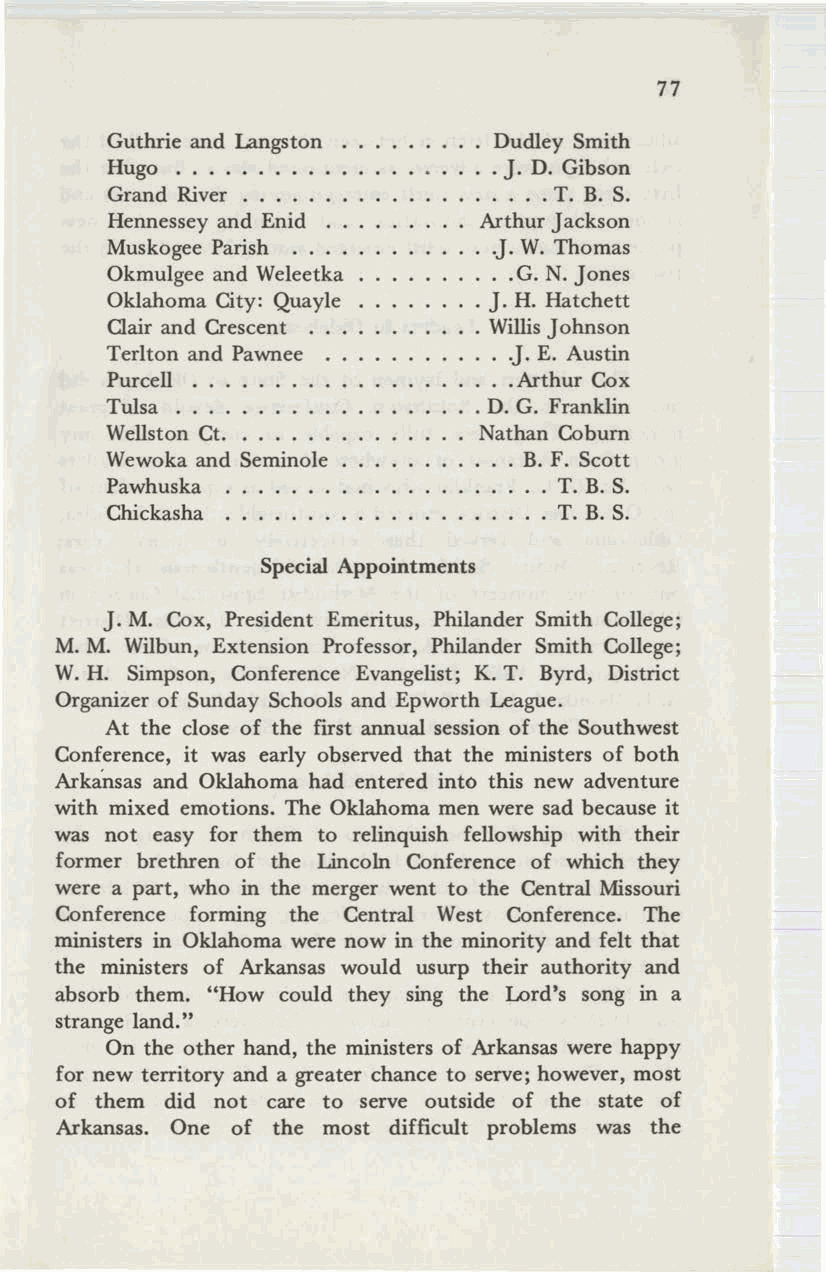
77
 Guthrie and Langston      Dudley Smith
 Hugo         .            . J. D. Gibson
 Grand River . . . . .     . ... T. B. S.
 Hennessey and Enid       Arthur Jackson
 Muskogee Parish         · .J. W. Thomas
 Okmulgee and Weleetka   · ..G. N. Jones
 Oklahoma City: Quayle   · J. H. Hatchett
 Clair and Crescent .    · WillisJohnson
 Terlton and Pawnee      · . .J. E. Austin
 Purcell .               · ..Arthur Cox
 Tulsa        .          · D. G. Franklin
 Wellston Ct. . .         Nathan Coburn
 Wewoka and Seminole        . B. F. Scott
 Pawhuska                      T. B. S.
 Chickasha ..               . .. T. B. S.
 Special Appointments
 J. M. Cox, President Emeritus, Philander Smith College;
 M. M. Wilbun, Extension Professor, Philander Smith College;
 W.H. Simpson, Conference Evangelist; K. T. Byrd, District
 Organizer of Sunday Schools and Epworth League.
 At the close of the first annual session of the Southwest
 Conference, it was early observed that the ministers of both
 Arkansas and Oklahoma had entered into this new adventure
 with mixed emotions. The Oklahoma men were sad because it
 was not easy for them to relinquish fellowship with their
 former brethren of the Lincoln Conference of which they
 were a part, who in the merger went to the Central Missouri
 Conference forming the Central West Conference. The
 ministers in Oklahoma were now in the minority and felt that
 the ministers of Arkansas would usurp their authority and
 absorb them. "How could they sing the Lord's song in a
 strange land."
 On the other hand, the ministers of Arkansas were happy
 for new territory and a greater chance to serve; however, most
 of them did not care to serve outside of the state of
 Arkansas. One of the most difficult problems was the